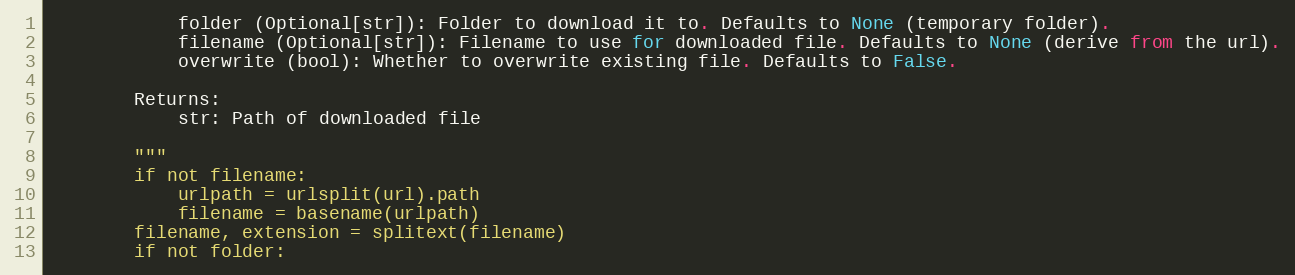
Language: Python
            folder (Optional[str]): Folder to download it to. Defaults to None (temporary folder).
            filename (Optional[str]): Filename to use for downloaded file. Defaults to None (derive from the url).
            overwrite (bool): Whether to overwrite existing file. Defaults to False.

        Returns:
            str: Path of downloaded file

        """
        if not filename:
            urlpath = urlsplit(url).path
            filename = basename(urlpath)
        filename, extension = splitext(filename)
        if not folder: